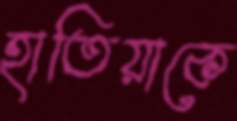
হাতিয়াকে